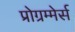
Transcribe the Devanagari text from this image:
प्रोग्रम्मेर्स